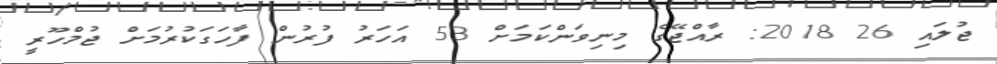
ޖުލައި 26 2018: ރާއްޖޭގެ މިނިވަންކަމަށް 53 އަހަރު ފުރުން ފާހަގަކުރުމަށް ޖުމްހޫރީ